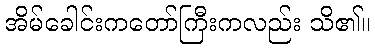
အိမ်ခေါင်းကတော်ကြီးကလည်း သိ၏။